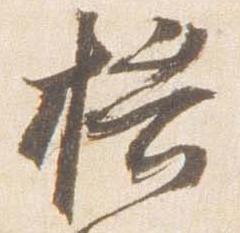
横